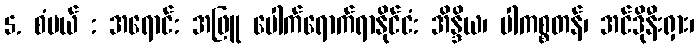
5. စံပယ် : အရောင်: အဖြူ ပေါက်ရောက်ရာနိုင်ငံ: အိန္ဒိယ၊ ပါကစ္စတန်၊ အင်ဒိုနီးရှား၊